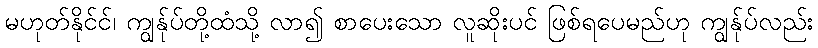
မဟုတ်နိုင်င်၊ ကျွန်ုပ်တို့ထံသို့ လာ၍ စာပေးသော လူဆိုးပင် ဖြစ်ရပေမည်ဟု ကျွန်ုပ်လည်း